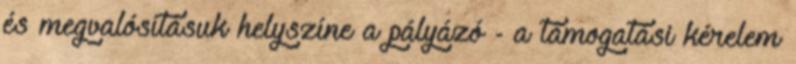
és megvalósításuk helyszíne a pályázó - a támogatási kérelem